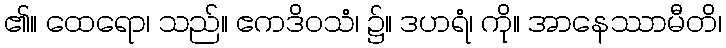
၏။ ထေရော၊ သည်။ ဧကဒိဝသံ၊ ၌။ ဒဟရံ၊ ကို။ အာနေဿာမီတိ၊